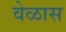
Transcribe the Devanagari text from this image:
वेळास